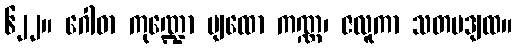
၆၂၂။ ဂေါဓာ ကုဏ္ဍော ပျထော ကဏ္ဏ၊ ဇလူကာ သတပဒျထ။